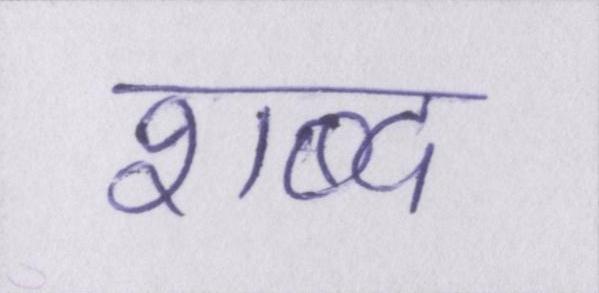
शब्द